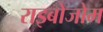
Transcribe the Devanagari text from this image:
राइबोजोम